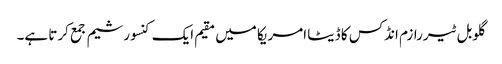
گلوبل ٹیررازم انڈکس کا ڈیٹا امریکا میں مقیم ایک کنسورشیم جمع کرتا ہے۔